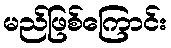
မည်ဖြစ်ကြောင်း